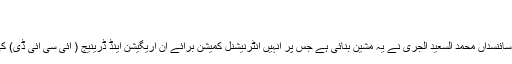
اگرچہ اس…
’’مینجمنٹ مشین‘
قاہرہ میں واقع ریگستانی تحقیقی مرکز کے نوجوان سائنسداں محمد السعید الجری نے یہ مشین بنائی ہے جس پر انہیں انٹرنیشنل کمیشن برائے آن اریگیشن اینڈ ڈرینیج ( آئی سی آئی ڈی) کی جانب سے سال 2016 کا ایوارڈ بھی دیا گیا ہے۔